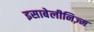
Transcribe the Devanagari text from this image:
इसाबेलीनिज़्म